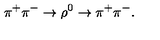
\pi ^ { + } \pi ^ { - } \rightarrow \rho ^ { 0 } \rightarrow \pi ^ { + } \pi ^ { - } .